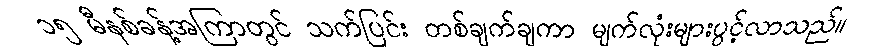
၁၅ မီနစ်ခန့်အကြာတွင် သက်ပြင်း တစ်ချက်ချကာ မျက်လုံးများပွင့်လာသည်။